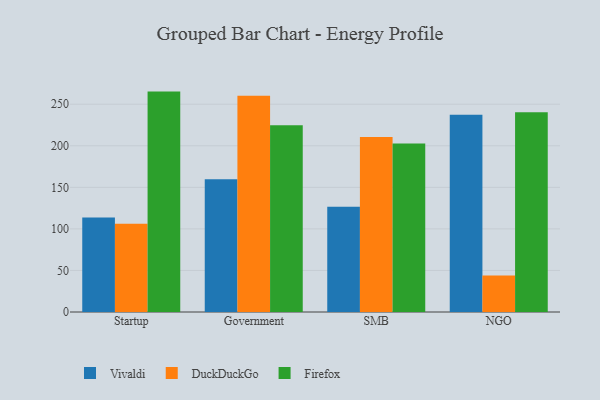
{"axis": {"x": "Segment", "y": "Latency (ms)"}, "legend": ["DuckDuckGo", "Firefox", "Vivaldi"], "data": [{"x": "Startup", "y": 113.8, "type": "Vivaldi"}, {"x": "Startup", "y": 106.2, "type": "DuckDuckGo"}, {"x": "Startup", "y": 265.2, "type": "Firefox"}, {"x": "Government", "y": 159.8, "type": "Vivaldi"}, {"x": "Government", "y": 260.2, "type": "DuckDuckGo"}, {"x": "Government", "y": 224.8, "type": "Firefox"}, {"x": "SMB", "y": 126.7, "type": "Vivaldi"}, {"x": "SMB", "y": 210.5, "type": "DuckDuckGo"}, {"x": "SMB", "y": 202.9, "type": "Firefox"}, {"x": "NGO", "y": 237.2, "type": "Vivaldi"}, {"x": "NGO", "y": 44.0, "type": "DuckDuckGo"}, {"x": "NGO", "y": 240.3, "type": "Firefox"}]}